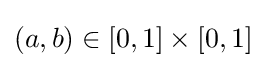
(a,b)\in [0,1]\times [0,1]